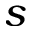
s